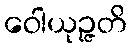
ဝေါယုဉ္ဇတိ